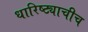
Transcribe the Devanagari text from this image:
धारिष्ट्याचीच